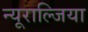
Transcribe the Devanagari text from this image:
न्यूराल्जिया